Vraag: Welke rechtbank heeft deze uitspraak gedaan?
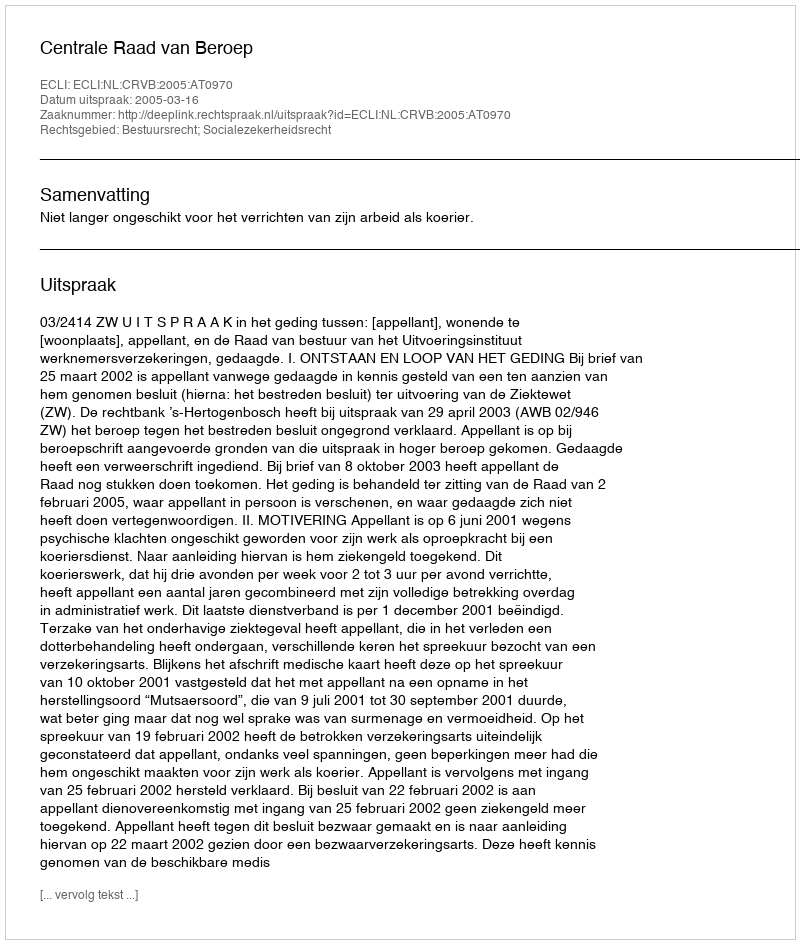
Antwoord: Centrale Raad van Beroep